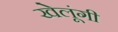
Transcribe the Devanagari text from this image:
खेलूंगी